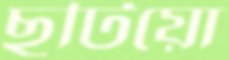
ছুটিয়ো